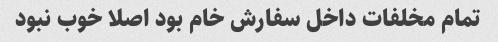
تمام مخلفات داخل سفارش خام بود اصلا خوب نبود